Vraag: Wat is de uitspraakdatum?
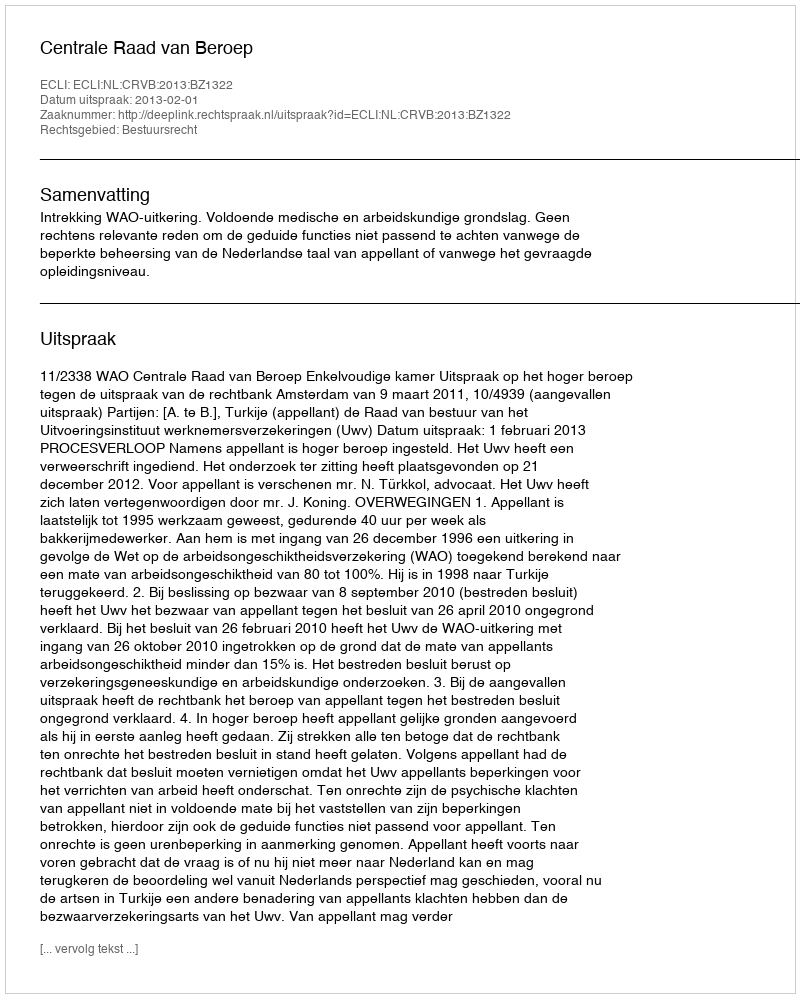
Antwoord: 2013-02-01